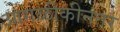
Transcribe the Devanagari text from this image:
आगळीकीनंतर